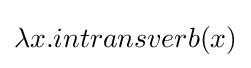
\lambda x.intransverb(x)